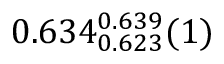
0 . 6 3 4 _ { 0 . 6 2 3 } ^ { 0 . 6 3 9 } ( 1 )